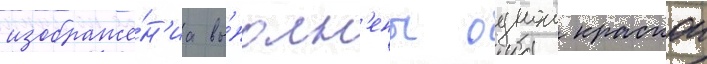
изображе́н'иа вы́полн'ены однои краскои